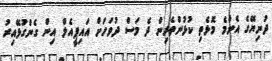
ދުނިޔޭގެ އެންމެ މޮޅެތި ކުޅުންތެރިން ދެ މަސް ދުވަހަށް އައިޕީއެލް އިން ގެންގުޅޭއިރު